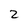
Character: 2